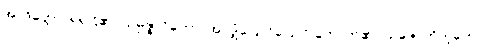
အာဒိတ္တော၊ ရဲရဲငြိ၏။ သမ္ပဇ္ဇလိကော၊ အလျှံပြောင်ပြောင် တောက်၏။ သဇောတိဘူတော၊